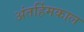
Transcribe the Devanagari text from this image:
अंतर्हिमकाल